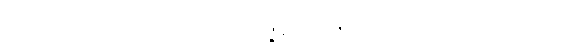
ဥပါသကော၊ ဥပါသကာသည်။ ပုထုဇ္ဇနံ၊ ပုထုဇဉ်ဖြစ်သော။ ဘိက္ခုံ၊ ရဟန်းကို။